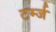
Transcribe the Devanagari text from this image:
टर्म्ज